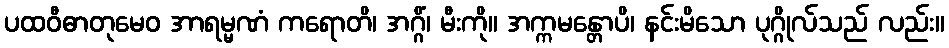
ပထဝီဓာတုမေဝ အာရမ္မဏံ ကရောတိ၊ အဂ္ဂိံ၊ မီးကို။ အက္ကမန္တောပိ၊ နင်းမိသော ပုဂ္ဂိုလ်သည် လည်း။